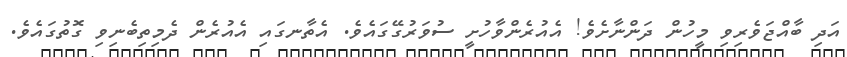
އަދި ބާއްޖަވެރިވި މީހުން ދަންނާށެވެ! އެއުރެންވާހުށީ ސުވަރުގޭގައެވެ. އެތާނގައި އެއުރެން ދެމިތިބެނިވި ގޮތުގައެވެ.